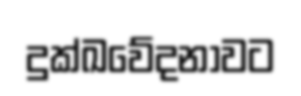
දුක්ඛවේදනාවට